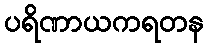
ပရိဏာယကရတန